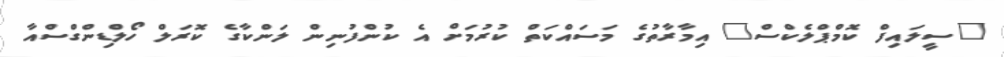
"ސީލައިފް ކޮމްޕްލެކްސް" އިމާރާތުގެ މަސައްކަތް ކުރުމަށް އެ ކުންފުނިން ލަންކާގެ ކޮރަލް ހޯލްޑިންގްސްއާ